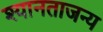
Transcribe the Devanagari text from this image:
श्यानताजन्य